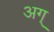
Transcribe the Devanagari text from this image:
अग्